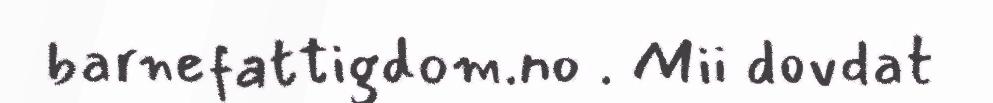
barnefattigdom.no . Mii dovdat